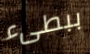
ببطىء